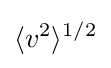
\langle v^{2}\rangle ^{1/2}